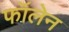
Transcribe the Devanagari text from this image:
फॉलेन